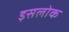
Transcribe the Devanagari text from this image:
इसलोक